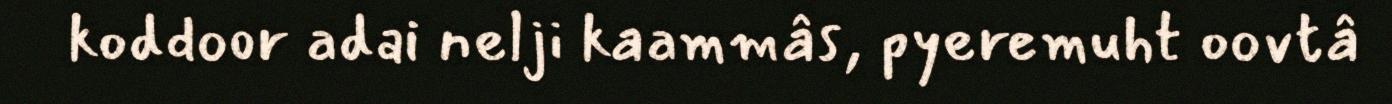
koddoor adai nelji kaammâs, pyeremuht oovtâ